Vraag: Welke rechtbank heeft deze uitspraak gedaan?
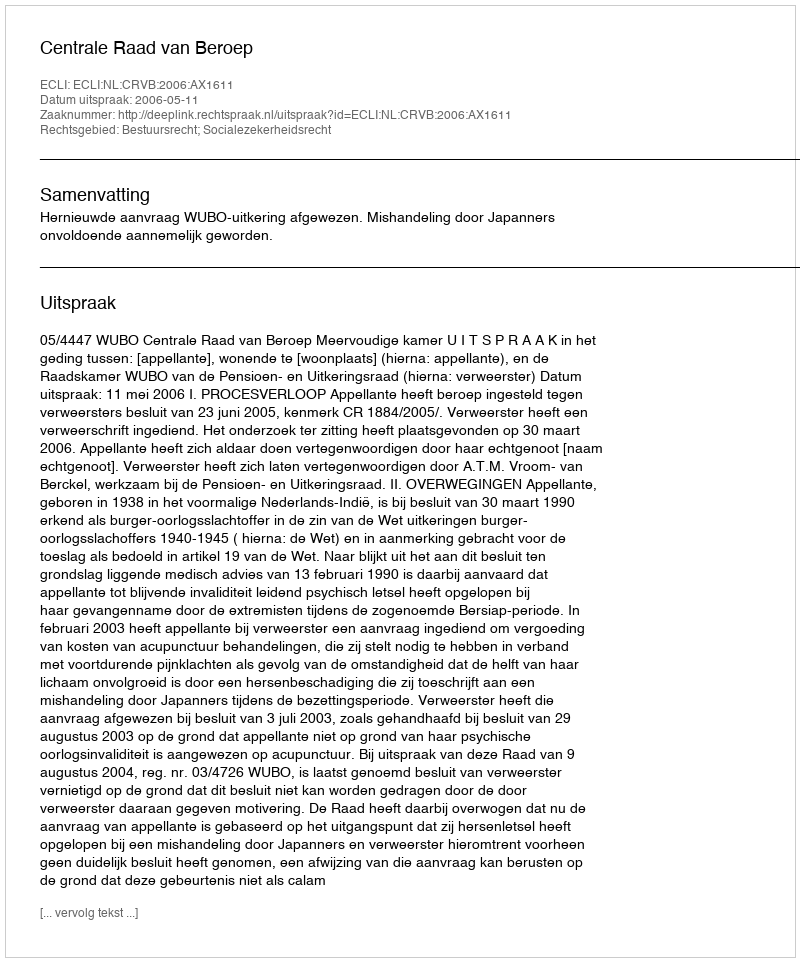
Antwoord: Centrale Raad van Beroep